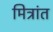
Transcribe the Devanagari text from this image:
मित्रांत